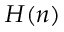
H ( n )